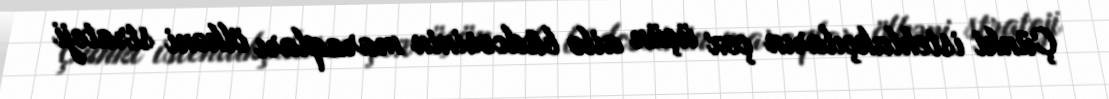
Çünki istehlakçıların çox üçün ailə büdcəsinin maraqları ölkəni strateji